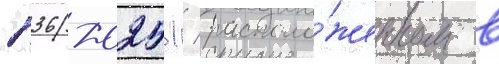
п36-0251 / располо́женном в